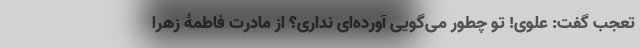
تعجب گفت: علوی! تو چطور می‌گویی آورده‌ای نداری؟ از مادرت فاطمۀ زهرا